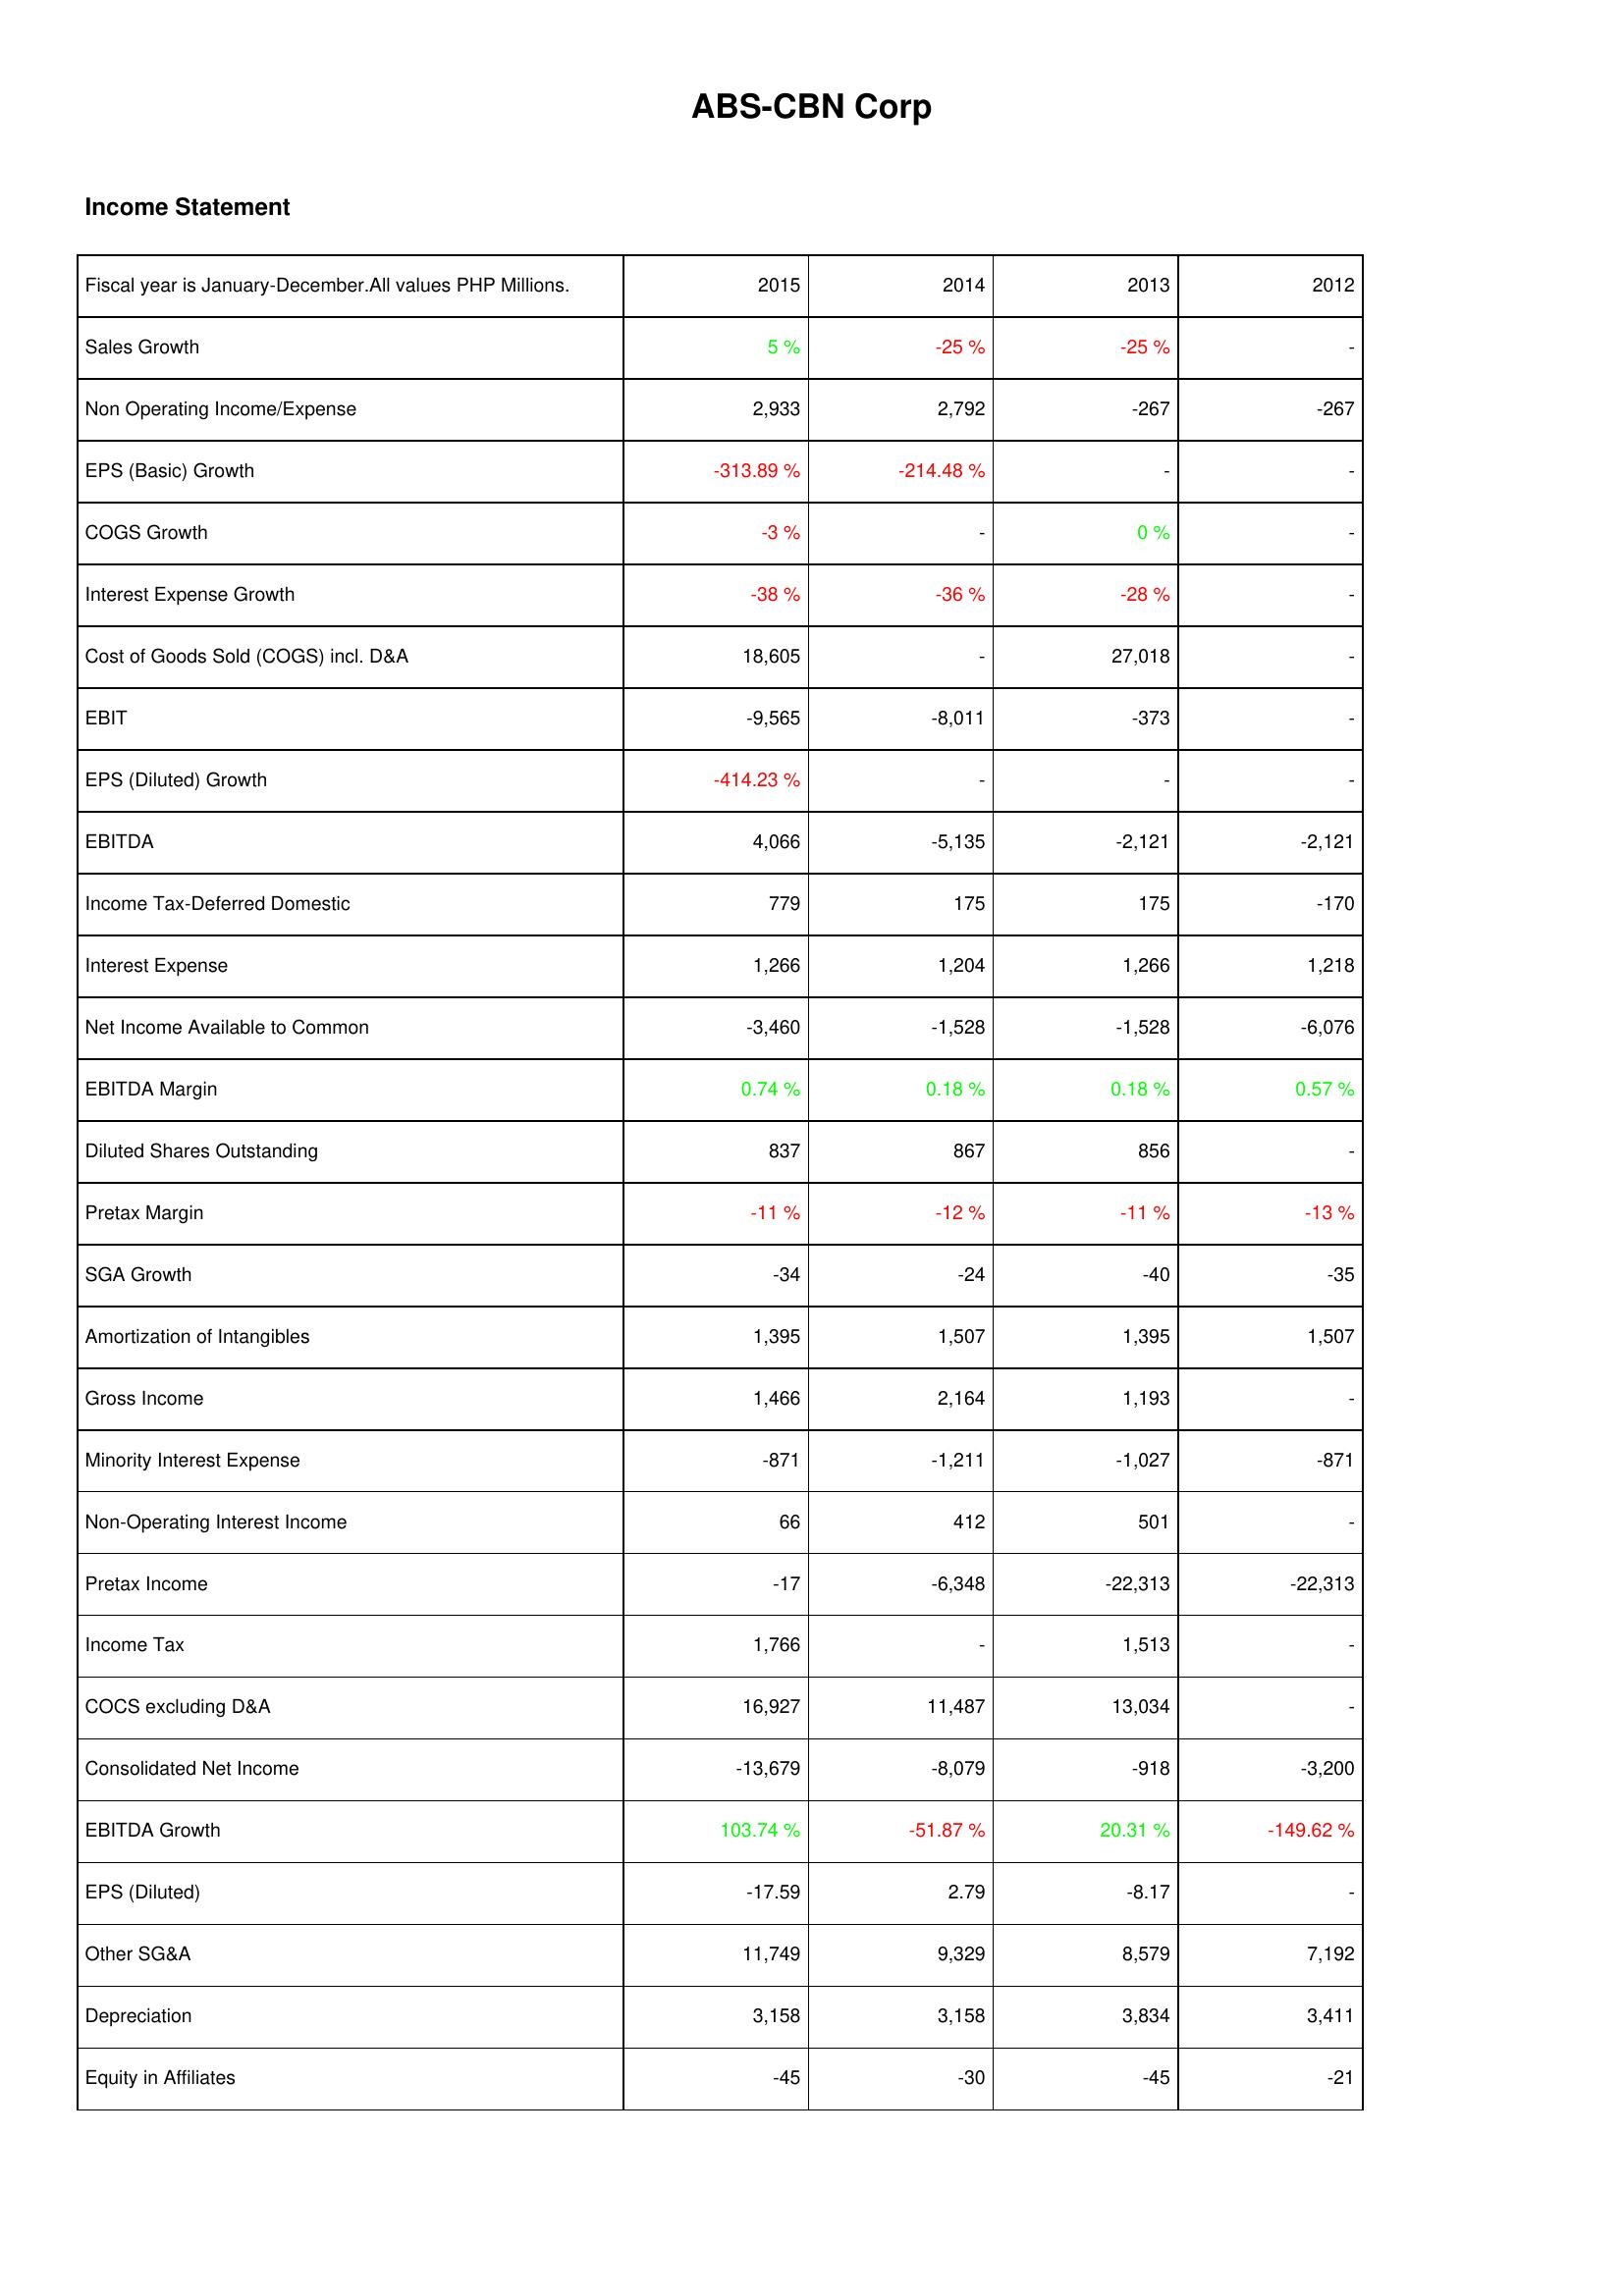
2015: Income Statement: Sales Growth: 5 %
Non Operating Income/Expense: 2,933
EPS (Basic) Growth: -313.89 %
COGS Growth: -3 %
Interest Expense Growth: -38 %
Cost of Goods Sold (COGS) incl. D&A: 18,605
EBIT: -9,565
EPS (Diluted) Growth: -414.23 %
EBITDA: 4,066
Income Tax-Deferred Domestic: 779
Interest Expense: 1,266
Net Income Available to Common: -3,460
EBITDA Margin: 0.74 %
Diluted Shares Outstanding: 837
Pretax Margin: -11 %
SGA Growth: -34
Amortization of Intangibles: 1,395
Gross Income: 1,466
Minority Interest Expense: -871
Non-Operating Interest Income: 66
Pretax Income: -17
Income Tax: 1,766
COCS excluding D&A: 16,927
Consolidated Net Income: -13,679
EBITDA Growth: 103.74 %
EPS (Diluted): -17.59
Other SG&A: 11,749
Depreciation: 3,158
Equity in Affiliates: -45
2014: Income Statement: Sales Growth: -25 %
Non Operating Income/Expense: 2,792
EPS (Basic) Growth: -214.48 %
COGS Growth: -
Interest Expense Growth: -36 %
Cost of Goods Sold (COGS) incl. D&A: -
EBIT: -8,011
EPS (Diluted) Growth: -
EBITDA: -5,135
Income Tax-Deferred Domestic: 175
Interest Expense: 1,204
Net Income Available to Common: -1,528
EBITDA Margin: 0.18 %
Diluted Shares Outstanding: 867
Pretax Margin: -12 %
SGA Growth: -24
Amortization of Intangibles: 1,507
Gross Income: 2,164
Minority Interest Expense: -1,211
Non-Operating Interest Income: 412
Pretax Income: -6,348
Income Tax: -
COCS excluding D&A: 11,487
Consolidated Net Income: -8,079
EBITDA Growth: -51.87 %
EPS (Diluted): 2.79
Other SG&A: 9,329
Depreciation: 3,158
Equity in Affiliates: -30
2013: Income Statement: Sales Growth: -25 %
Non Operating Income/Expense: -267
EPS (Basic) Growth: -
COGS Growth: 0 %
Interest Expense Growth: -28 %
Cost of Goods Sold (COGS) incl. D&A: 27,018
EBIT: -373
EPS (Diluted) Growth: -
EBITDA: -2,121
Income Tax-Deferred Domestic: 175
Interest Expense: 1,266
Net Income Available to Common: -1,528
EBITDA Margin: 0.18 %
Diluted Shares Outstanding: 856
Pretax Margin: -11 %
SGA Growth: -40
Amortization of Intangibles: 1,395
Gross Income: 1,193
Minority Interest Expense: -1,027
Non-Operating Interest Income: 501
Pretax Income: -22,313
Income Tax: 1,513
COCS excluding D&A: 13,034
Consolidated Net Income: -918
EBITDA Growth: 20.31 %
EPS (Diluted): -8.17
Other SG&A: 8,579
Depreciation: 3,834
Equity in Affiliates: -45
2012: Income Statement: Sales Growth: -
Non Operating Income/Expense: -267
EPS (Basic) Growth: -
COGS Growth: -
Interest Expense Growth: -
Cost of Goods Sold (COGS) incl. D&A: -
EBIT: -
EPS (Diluted) Growth: -
EBITDA: -2,121
Income Tax-Deferred Domestic: -170
Interest Expense: 1,218
Net Income Available to Common: -6,076
EBITDA Margin: 0.57 %
Diluted Shares Outstanding: -
Pretax Margin: -13 %
SGA Growth: -35
Amortization of Intangibles: 1,507
Gross Income: -
Minority Interest Expense: -871
Non-Operating Interest Income: -
Pretax Income: -22,313
Income Tax: -
COCS excluding D&A: -
Consolidated Net Income: -3,200
EBITDA Growth: -149.62 %
EPS (Diluted): -
Other SG&A: 7,192
Depreciation: 3,411
Equity in Affiliates: -21